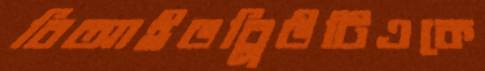
বিআইডব্লিউটিএকে